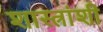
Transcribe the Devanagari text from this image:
शास्त्रांशी